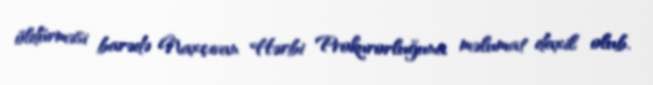
öldürməsi barədə Naxçıvan Hərbi Prokurorluğuna məlumat daxil olub.